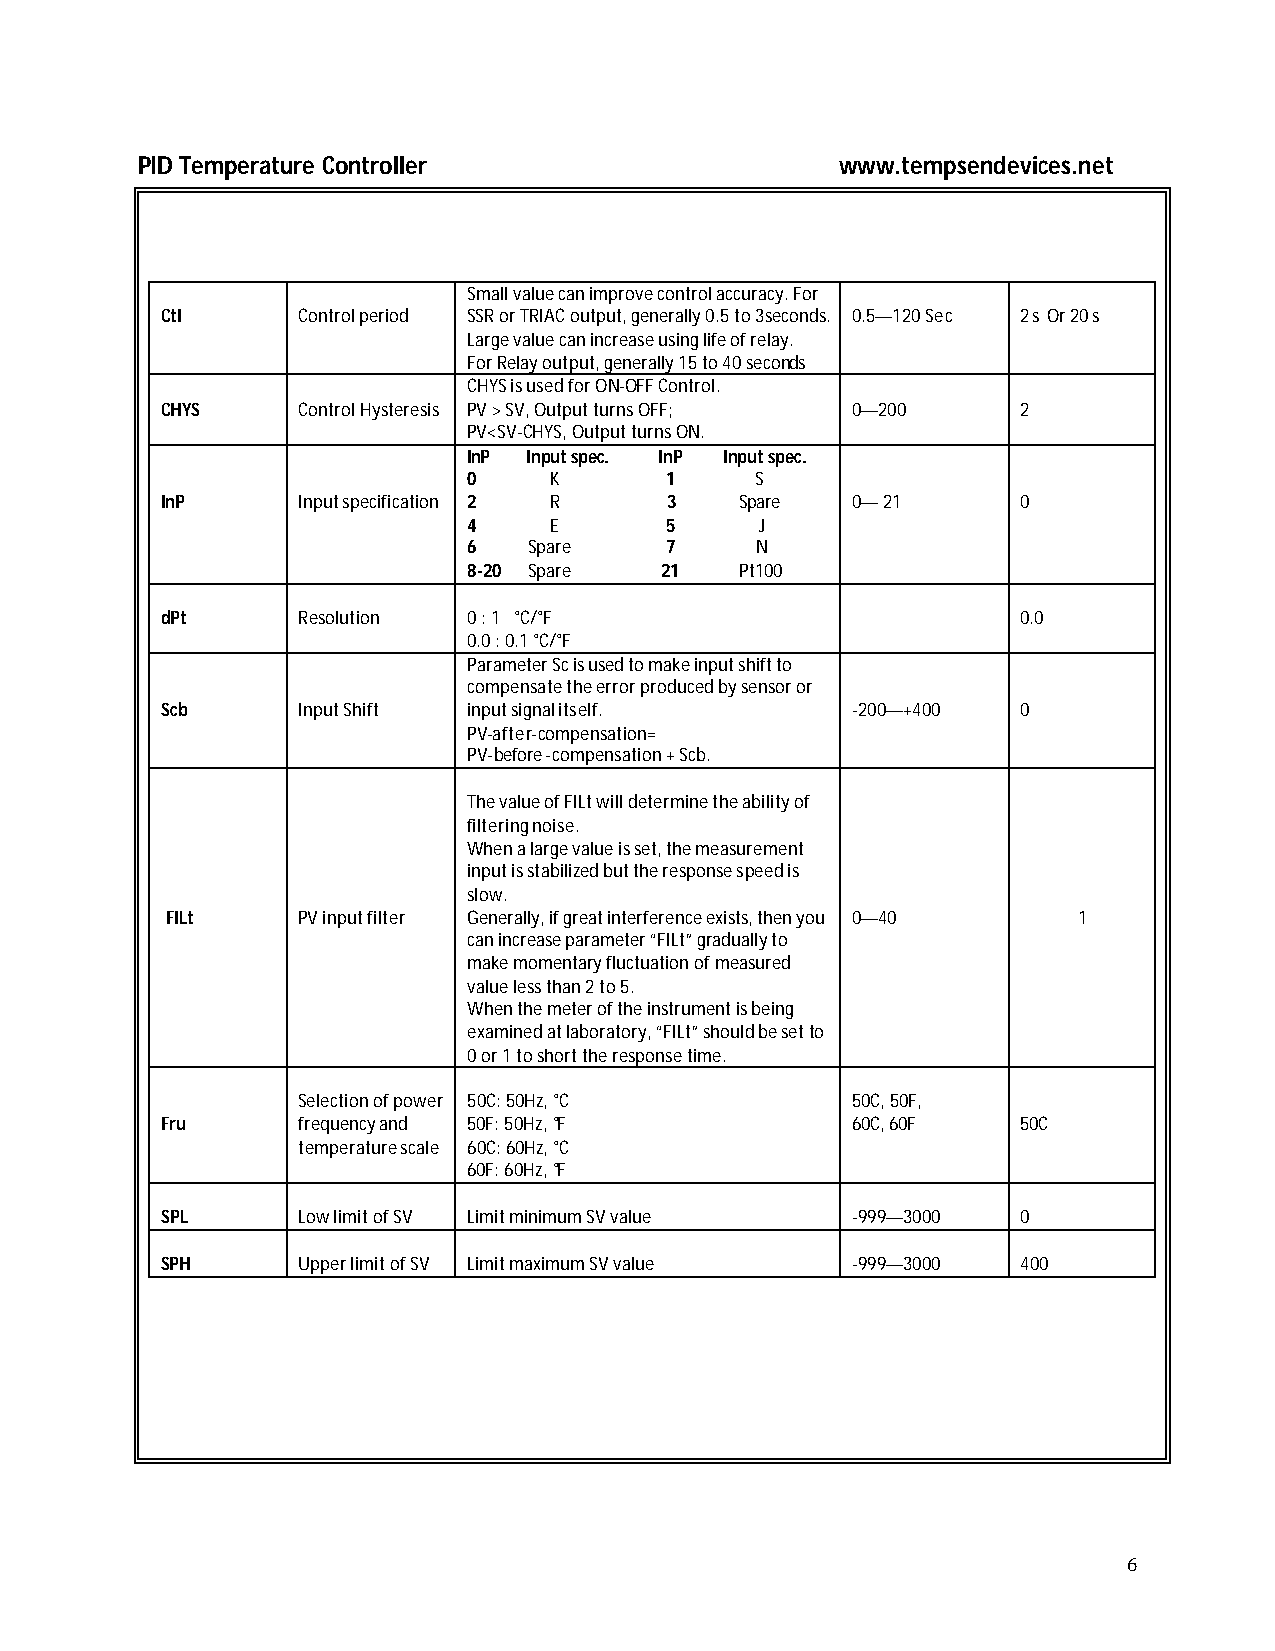
PID Temperature Controller                     www.tempsendevices.net
 Small value can improve control accuracy. For
 CtI      Control period SSR or TRIAC output, generally 0.5 to 3seconds. 0.5—120 Sec 2 s Or 20 s
 Large value can increase using life of relay.
 For Relay output, generally 15 to 40 seconds
 CHYS is used for ON-OFF Control.
 CHYS     Control Hysteresis PV > SV, Output turns OFF; 0—200 2
 PV<SV-CHYS, Output turns ON.
 InP Input spec. InP Input spec.
 0    K       1     S
 InP      Input specification 2 R 3    Spare  0— 21       0
 4    E       5     J
 6   Spare    7     N
 8-20 Spare   21   Pt100
 dPt      Resolution 0 : 1 °C/°F                          0.0
 0.0 : 0.1 °C/°F
 Parameter Sc is used to make input shift to
 compensate the error produced by sensor or
 Scb      Input Shift input signal itself.    -200—+400   0
 PV-after-compensation=
 PV-before-compensation + Scb.
 The value of FILt will determine the ability of
 filtering noise.
 When a large value is set, the measurement
 input is stabilized but the response speed is
 slow.
 FILt     PV input filter Generally, if great interference exists, then you 0—40 1
 can increase parameter “FILt” gradually to
 make momentary fluctuation of measured
 value less than 2 to 5.
 When the meter of the instrument is being
 examined at laboratory, “FILt” should be set to
 0 or 1 to short the response time.
 Selection of power 50C: 50Hz, °C    50C, 50F,
 Fru      frequency and 50F: 50Hz, °F         60C, 60F    50C
 temperature scale 60C: 60Hz, °C
 60F: 60Hz, °F
 SPL      Low limit of SV Limit minimum SV value -999—3000 0
 SPH      Upper limit of SV Limit maximum SV value -999—3000 400
 6